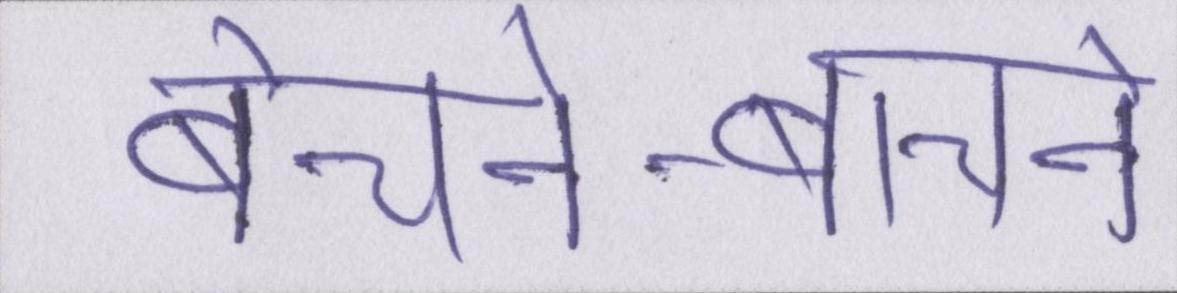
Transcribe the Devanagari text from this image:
बेचने-बाचने